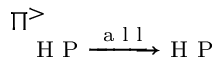
\Pi _ { \textrm { H P } \xrightarrow { \textrm { a l l } } \textrm { H P } } ^ { > }